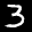
Label: 3